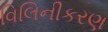
વિલિનીકરણ